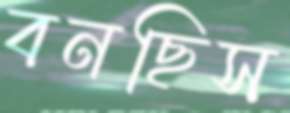
বনছিস